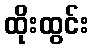
ထိုးထွင်း